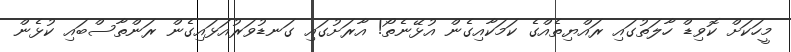
މީހަކަށް ކޮވިޑް ހާލަތުގައި ރައްޔިތެއްގެ ކަމަކާއިގެން އުޅޭނެތޯ! އާރަށުގައި ގަނޑުވަރުއަޅައިގެން ރަންތާސްބައި ކުޅެން